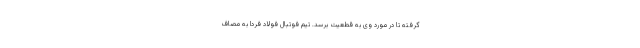
گرفته تا در مورد وی به قطعیت برسد. تیم فوتبال فولاد فردا به مصاف